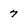
Character: 7